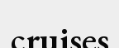
cruises